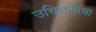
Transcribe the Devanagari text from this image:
उचितरीत्या